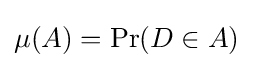
\mu (A)=\Pr(D\in A)